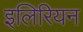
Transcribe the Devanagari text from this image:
इलिरियन